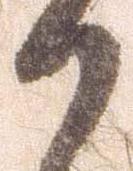
か